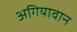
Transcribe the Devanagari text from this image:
अगियावान